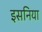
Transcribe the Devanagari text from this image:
इसनिया